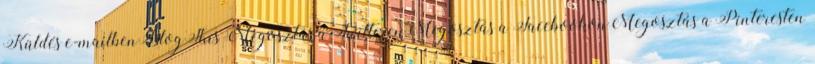
Küldés e-mailbenBlogThis Megosztás a TwitterenMegosztás a FacebookonMegosztás a Pinteresten